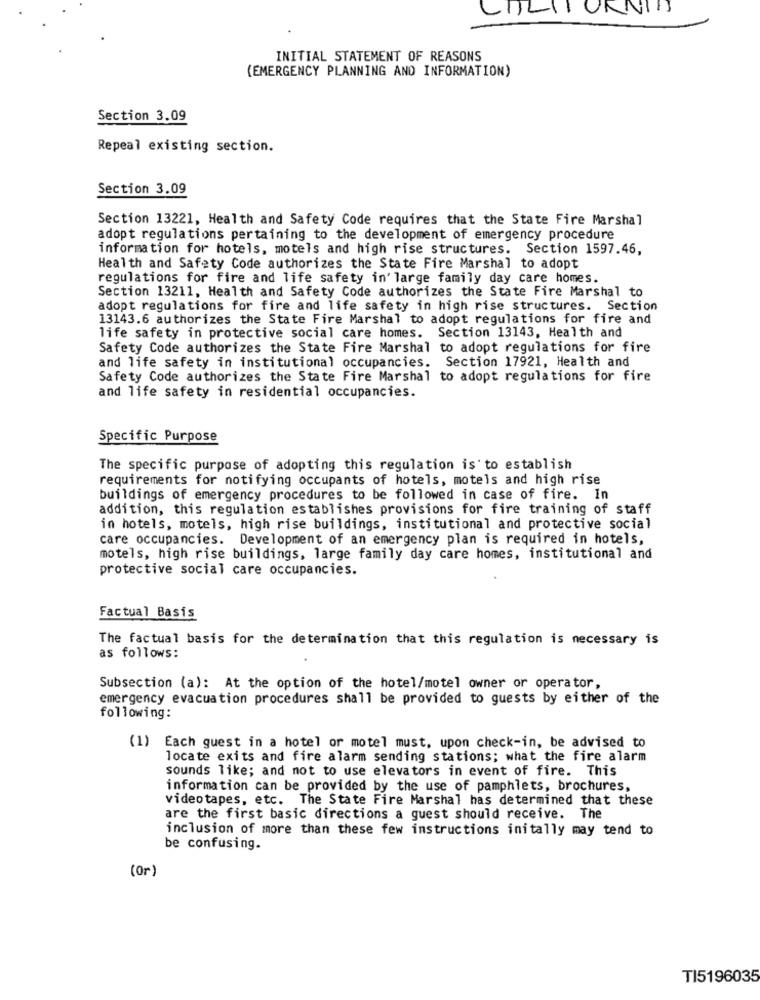
CALIFORNIA
INITIAL STATEMENT OF REASONS
(EMERGENCY PLANNING AND INFORMATION)
Section 3.09
Repeal existing section.
Section 3.09
Section 13221, Health and Safety Code requires that the State Fire Marshal
adopt regulations pertaining to the development of emergency procedure
information for hotels, motels and high rise structures. Section 1597.46,
Health and Safety Code authorizes the State Fire Marshal to adopt
regulations for fire and life safety in' large family day care homes.
Section 13211, Health and Safety Code authorizes the State Fire Marshal to
adopt regulations for fire and life safety in high rise structures. Section
13143.6 authorizes the State Fire Marshal to adopt regulations for fire and
life safety in protective social care homes. Section 13143, Health and
Safety Code authorizes the State Fire Marshal to adopt regulations for fire
and life safety in institutional occupancies. Section 17921, Health and
Safety Code authorizes the State Fire Marshal to adopt regulations for fire
and life safety in residential occupancies.
Specific Purpose
The specific purpose of adopting this regulation is to establish
requirements for notifying occupants of hotels, motels and high rise
buildings of emergency procedures to be followed in case of fire. In
addition, this regulation establishes provisions for fire training of staff
in hotels, motels, high rise buildings, institutional and protective social
care occupancies. Development of an emergency plan is required in hotels,
motels, high rise buildings, large family day care homes, institutional and
protective social care occupancies.
Factual Basis
The factual basis for the determination that this regulation is necessary is
as follows:
Subsection (a): At the option of the hotel/motel owner or operator,
emergency evacuation procedures shall be provided to guests by either of the
following:
(1) Each guest in a hotel or motel must, upon check-in, be advised to
locate exits and fire alarm sending stations; what the fire alarm
sounds like; and not to use elevators in event of fire. This
information can be provided by the use of pamphlets, brochures,
videotapes, etc. The State Fire Marshal has determined that these
are the first basic directions a guest should receive. The
inclusion of more than these few instructions initally may tend to
be confusing.
(Or)
TI5196035